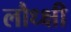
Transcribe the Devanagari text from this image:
लौध्क्षी